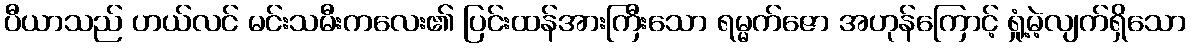
ပီယာသည် ဟယ်လင် မင်းသမီးကလေး၏ ပြင်းထန်အားကြီးသော ရမ္မက်ဇော အဟုန်ကြောင့် ရှုံ့မဲ့လျက်ရှိသော